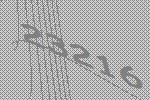
23216